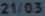
21/03